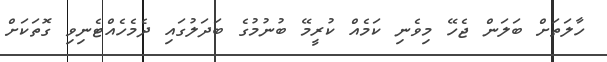
ހާލަތަށް ބަލަން ޖެހޭ މިވެނި ކަމެއް ކުރީމޭ ބުނުމުގެ ބަދަލުގައި ދެމެހެއްޓެނިވި ގޮތަކަށް